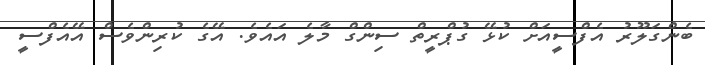
ބެންގަލޫރު އެފްސީއަށް ކުޅޭ ގުޕްރީތް ސިންގް މާލެ އައެވެ. އޭގެ ކުރިންވެސް އޭއެފްސީ